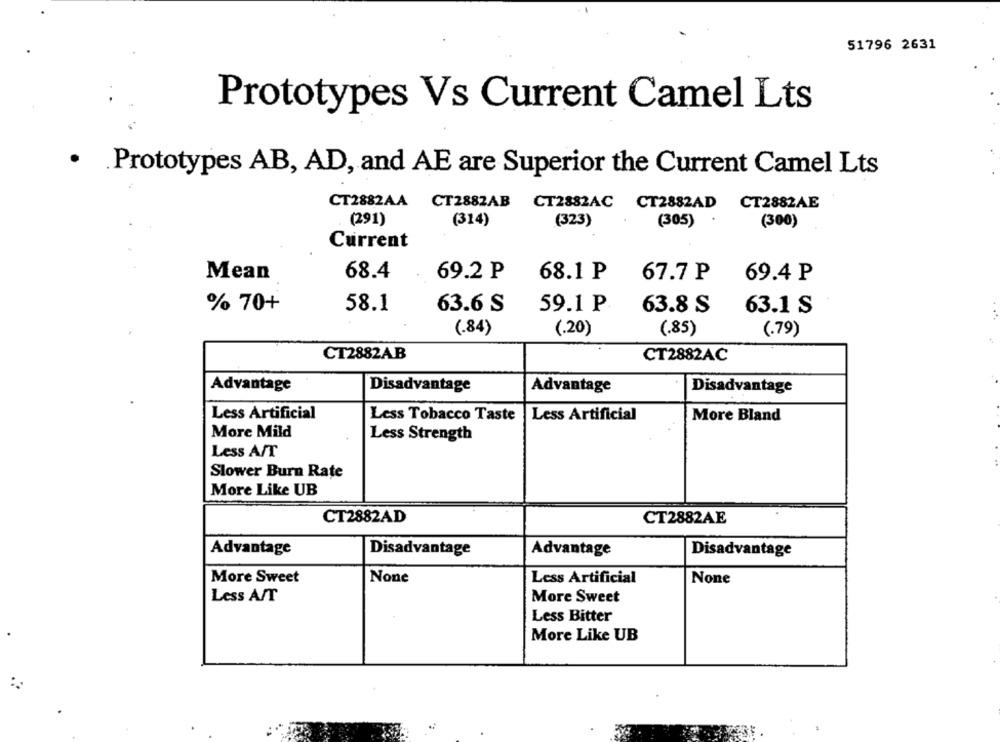
51796 2631
Prototypes Vs Current Camel Lts
· Prototypes AB, AD, and AE are Superior the Current Camel Lts
CT2882AA CT2882AB CT2882AC CT2882AD CT2882AE
(291)
(314)
(323)
(305)
(300)
Current
68.4
Mean
69.2 P
68.1 P
67.7 P
69.4 P
% 70+
58.1
63.6 S
59.1 P
63.8 S
63.1 S
..
(.84)
(.20)
(.85)
(.79)
CT2882AB
CT2882AC
Advantage
Disadvantage
Advantage
Disadvantage
Less Artificial
Less Artificial
Less Tobacco Taste
More Bland
More Mild
Less Strength
Less AST
Slower Burn Rate
More Like UB
CT2882AD
CT2882AE
Advantage
Disadvantage
Advantage
Disadvantage
More Sweet
Less Artificial
Less A/T
More Sweet
Less Bitter
More Like UB